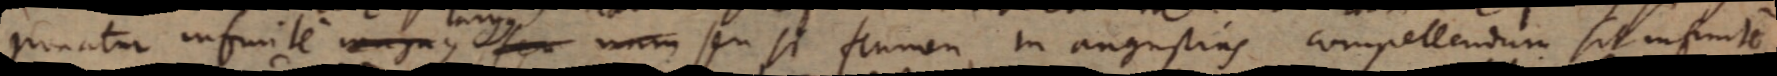
ponatur infinite magnus, seu nam seu si flumen in angustias compellendum sit infinite